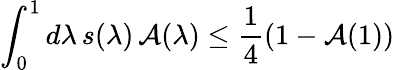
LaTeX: \int_{0}^{1}d\lambda\, s(\lambda)\, \mathcal{A}(\lambda)\leq\frac{1}{4}(1-\mathcal{A}(1))